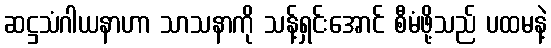
ဆဋ္ဌသံဂါယနာဟာ သာသနာကို သန့်ရှင်းအောင် စီမံဖို့သည် ပထမနဲ့